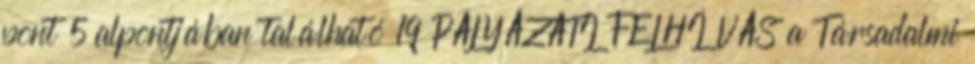
pont 5 alpontjában található 19 PÁLYÁZATI FELHÍVÁS a Társadalmi